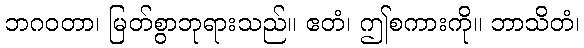
ဘဂဝတာ၊ မြတ်စွာဘုရားသည်။ ဧတံ၊ ဤစကားကို။ ဘာသိတံ၊